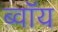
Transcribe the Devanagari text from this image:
ब्‍वॉय